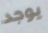
يوجد